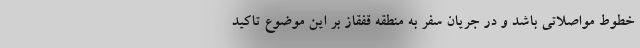
خطوط مواصلاتی باشد و در جریان سفر به منطقه قفقاز بر این موضوع تاکید